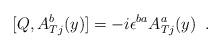
LaTeX: \begin{align*}[Q, A^{b}_{Tj}(y)]= - i \epsilon^{ba} A^{a}_{Tj}(y)\,\,\,.\end{align*}